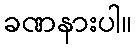
ခဏနားပါ။